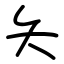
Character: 夨